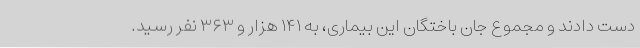
دست دادند و مجموع جان باختگان این بیماری، به ۱۴۱ هزار و ۳۶۳ نفر رسید.